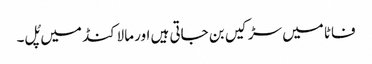
فاٹا میں سڑکیں بن جاتی ہیں اور مالاکنڈ میں پُل۔